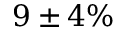
9 \pm 4 \%